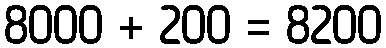
8000 + 200 = 8200